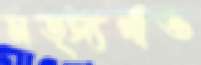
মত্স্যগাঁও